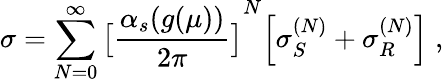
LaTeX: \sigma=\sum_{N=0}^{\infty}{\bigl[{\frac{\alpha_{s}(g(\mu))}{2\pi}}\bigr]}^{N}\Bigl[\sigma_{S}^{(N)}+\sigma_{R}^{(N)}\Bigr]\; ,